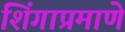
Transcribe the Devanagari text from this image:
शिंगाप्रमाणे